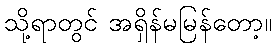
သို့ရာတွင် အရှိန်မမြန်တော့။